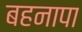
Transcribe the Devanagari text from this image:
बहनापा